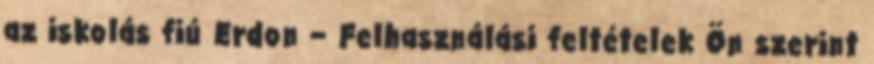
az iskolás fiú Erdon – Felhasználási feltételek Ön szerint